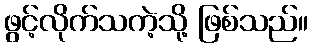
ဖွင့်လိုက်သကဲ့သို့ ဖြစ်သည်။